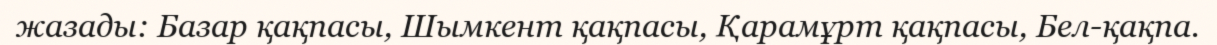
жазады: Базар қақпасы, Шымкент қақпасы, Қарамұрт қақпасы, Бел-қақпа.